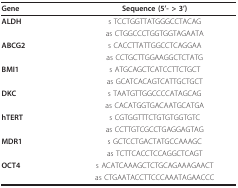
| Gene | Sequence (5'- > 3') |
 | --- | --- |
 | ALDH | s TCCTGGTTATGGGCCTACAG |
 |  | as CTGGCCCTGGTGGTAGAATA |
 | ABCG2 | s CACCTTATTGGCCTCAGGAA |
 |  | as CCTGCTTGGAAGGCTCTATG |
 | BMI1 | s ATGCAGCTCATCCTTCTGCT |
 |  | as GCATCACAGTCATTGCTGCT |
 | DKC | s TAATGTTGGCCCCATAGCAG |
 |  | as CACATGGTGACAATGCATGA |
 | hTERT | s CGTGGTTTCTGTGTGGTGTC |
 |  | as CCTTGTCGCCTGAGGAGTAG |
 | MDR1 | s GCTCCTGACTATGCCAAAGC |
 |  | as TCTTCACCTCCAGGCTCAGT |
 | OCT4 | s ACATCAAAGCTCTGCAGAAAGAACT |
 |  | as CTGAATACCTTCCCAAATAGAACCC |